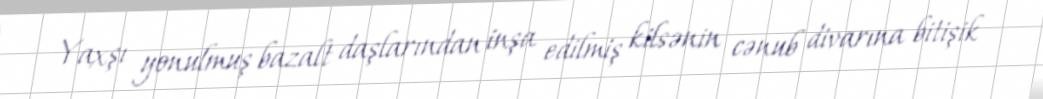
Yaxşı yonulmuş bazalt daşlarından inşa edilmiş kilsənin cənub divarına bitişik